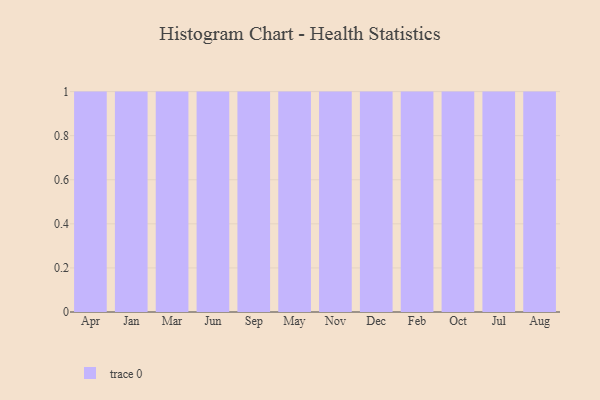
{"axis": {"x": "Month", "y": "Bounce Rate (%)"}, "legend": [""], "data": [{"x": "Apr", "y": 85, "type": ""}, {"x": "Jan", "y": 42, "type": ""}, {"x": "Mar", "y": 12, "type": ""}, {"x": "Jun", "y": 67, "type": ""}, {"x": "Sep", "y": 53, "type": ""}, {"x": "May", "y": 25, "type": ""}, {"x": "Nov", "y": 87, "type": ""}, {"x": "Dec", "y": 20, "type": ""}, {"x": "Feb", "y": 71, "type": ""}, {"x": "Oct", "y": 86, "type": ""}, {"x": "Jul", "y": 71, "type": ""}, {"x": "Aug", "y": 57, "type": ""}]}